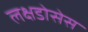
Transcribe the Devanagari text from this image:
लक्षडोसेस